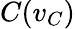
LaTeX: C(v_{C})